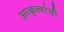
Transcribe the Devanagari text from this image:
आकृत्यांची